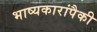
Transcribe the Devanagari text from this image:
भाष्यकारांपैकी